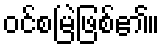
ဝင်စမြဲဖြစ်၏။